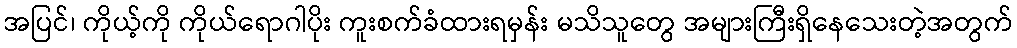
အပြင်၊ ကိုယ့်ကို ကိုယ်ရောဂါပိုး ကူးစက်ခံထားရမှန်း မသိသူတွေ အများကြီးရှိနေသေးတဲ့အတွက်